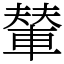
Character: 輦